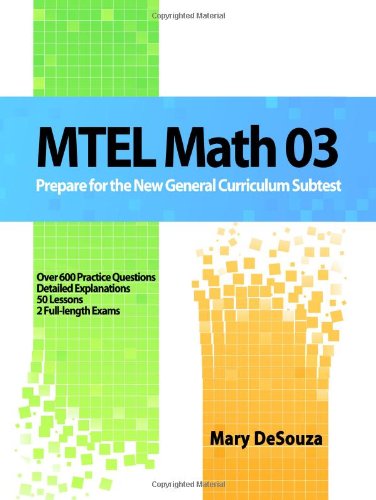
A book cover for MTEL Math 03: Prepare For The New General Curriculum Subtest; Mary DeSouza; Test Preparation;